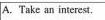
A.Take an interest.